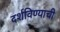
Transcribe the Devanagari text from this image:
दर्शविण्याची